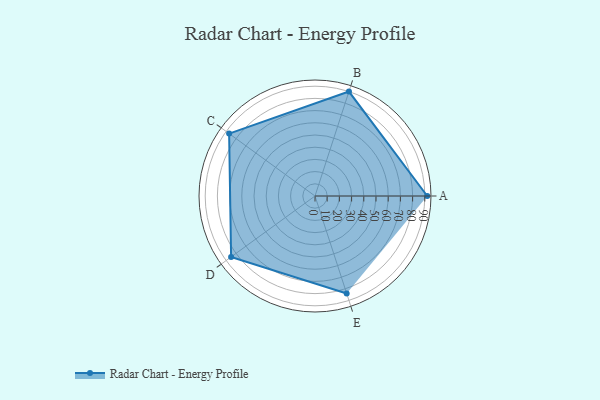
{"axis": {"x": "Skill", "y": "Score"}, "legend": ["Profile"], "data": [{"x": "A", "y": 92.0, "type": "Profile"}, {"x": "B", "y": 90.0, "type": "Profile"}, {"x": "C", "y": 87.0, "type": "Profile"}, {"x": "D", "y": 85.0, "type": "Profile"}, {"x": "E", "y": 84.0, "type": "Profile"}]}